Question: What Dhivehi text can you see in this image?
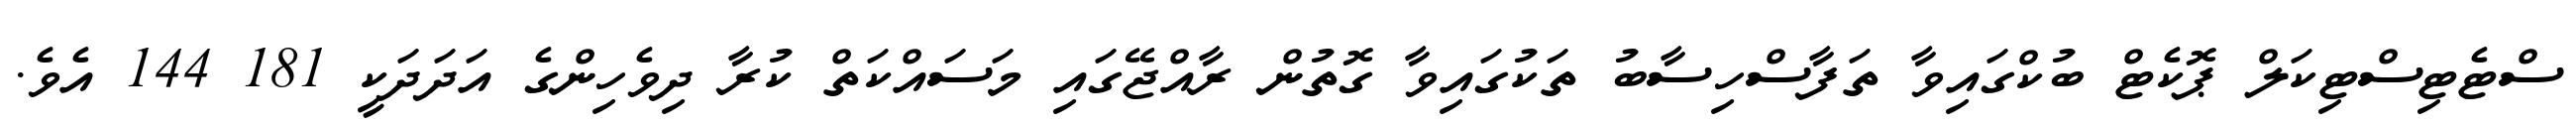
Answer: ސްޓެޓިސްޓިކަލް ޕޮކެޓް ބުކްގައިވާ ތަފާސްހިސާބު ތަކުގައިވާ ގޮތުން ރާއްޖޭގައި މަސައްކަތް ކުރާ ދިވެހިންގެ އަދަދަކީ 181 144 އެވެ.